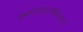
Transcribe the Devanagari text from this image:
संसारहालाहलमोहशान्त्यै